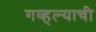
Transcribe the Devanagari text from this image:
गव्हल्याची